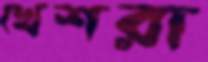
খেশরা